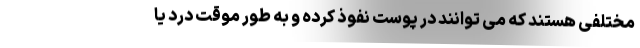
مختلفی هستند که می توانند در پوست نفوذ کرده و به طور موقت درد یا